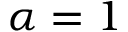
\alpha = 1